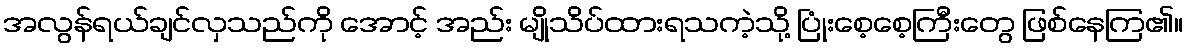
အလွန်ရယ်ချင်လှသည်ကို အောင့် အည်း မျိုသိပ်ထားရသကဲ့သို့ ပြုံးစေ့စေ့ကြီးတွေ ဖြစ်နေကြ၏။